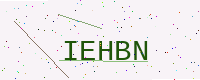
Text: IEHBN